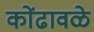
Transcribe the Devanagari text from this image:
कोंढावळे